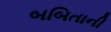
બબિતાની